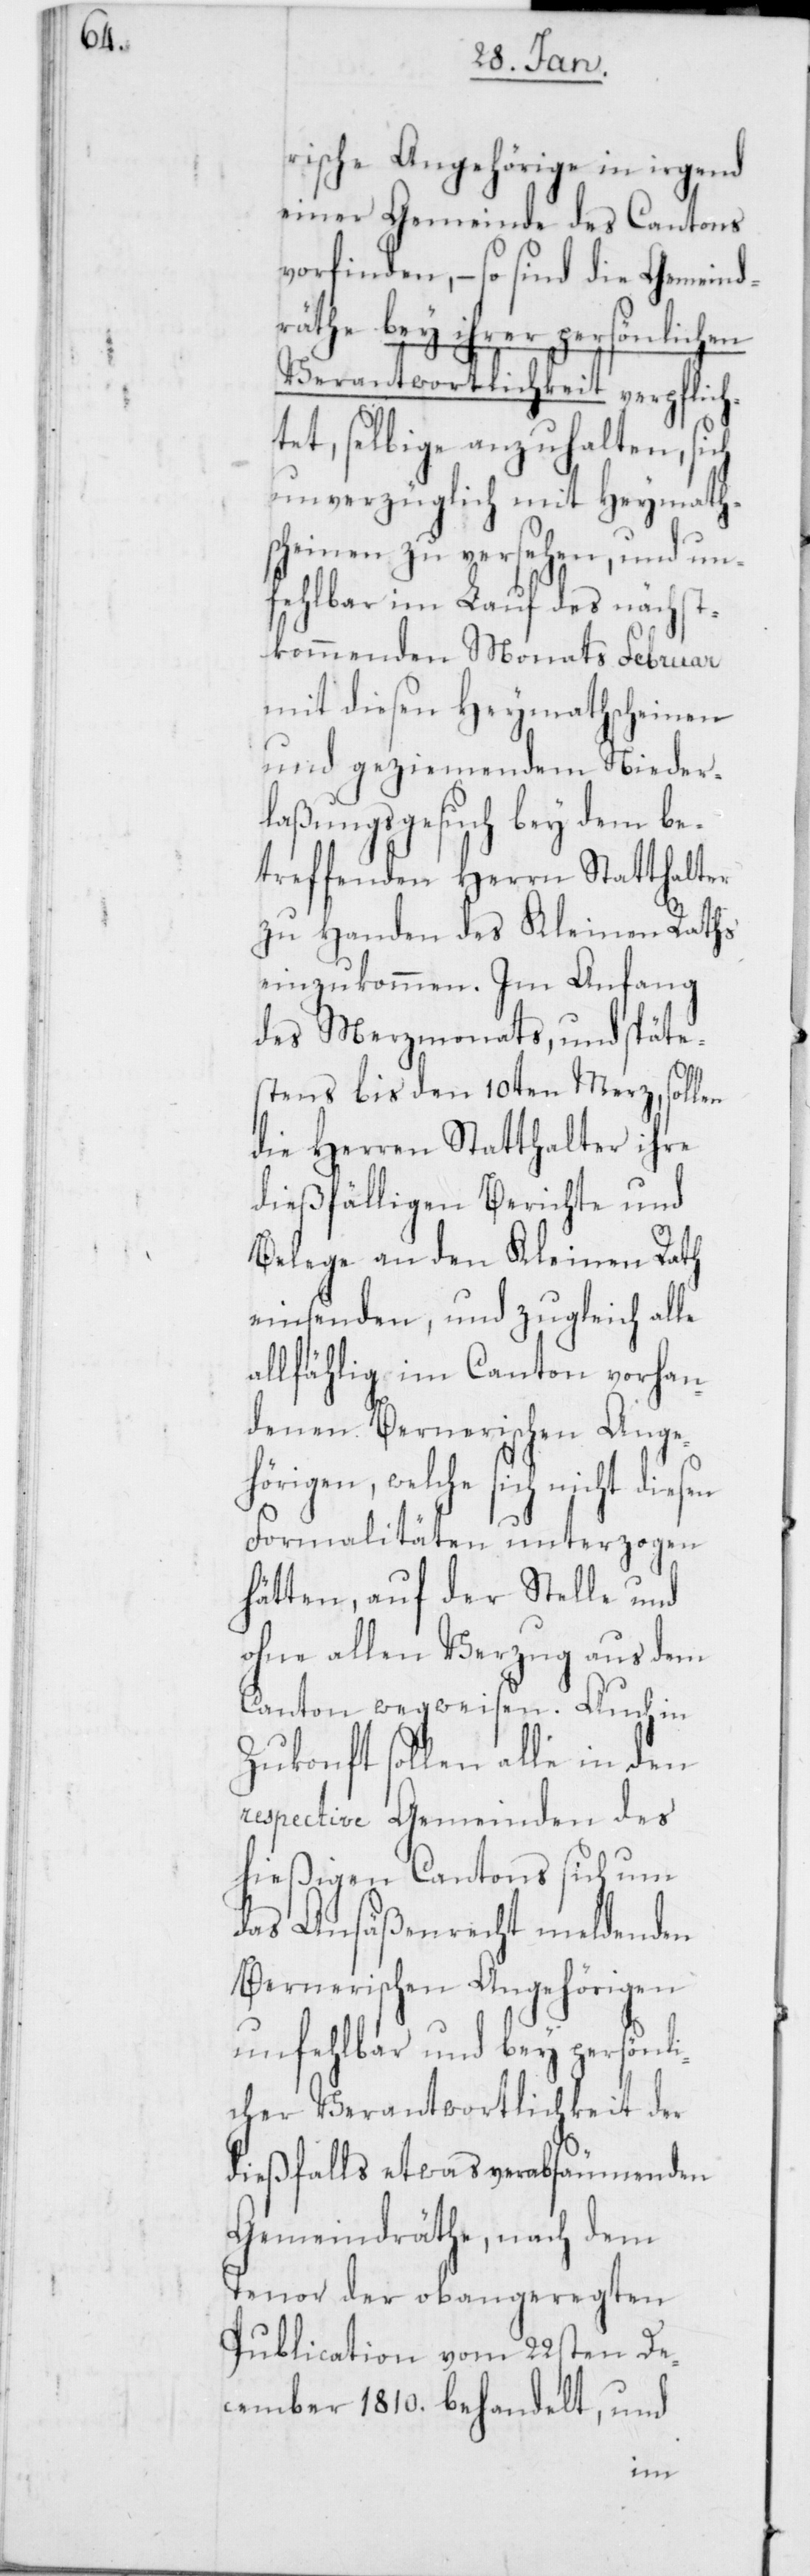
te¬

rische Angehörige in irgend
einer Gemeinde des Cantons
vorfinden, – so sind die Gemeind¬
räthe bey ihrer persönlichen
Verantwortlichkeit verpflich¬
t, selbige anzuhalten, sich
unverzüglich mit Heymath¬
scheinen zu versehen, und un¬
fehlbar im Lauf des nächst¬
kommenden Monats Februar
mit diesen Heymathscheinen
und geziemendem Nieder¬
laßungsgesuch bey dem be¬
treffenden Herrn Statthalter
zu Handen des Kleinen Raths
einzukommen. Im Anfang
des Merzmonats, und späte¬
stens bis den 10ten Merz, sollen
die Herren Statthalter ihre
dießfälligen Berichte und
Belege an den Kleinen Rath
einsenden, und zugleich alle
allfählig im Canton vorhan¬
denen Bernerischen Ange¬
hörigen, welche sich nicht diesen
Formalitäten unterzogen
hätten, auf der Stelle und
ohne allen Verzug aus dem
Canton wegweisen. Auch in
Zukonft sollen alle in den
respective Gemeinden des
hießigen Cantons sich um
das Ansäßenrecht meldenden
Bernerischen Angehörigen
unfehlbar und bey persönl¬
icher Verantwortlichkeit der
dießfalls etwas verabsäumenden
Gemeindräthe, nach dem
Tenor der obangeregten
Publication vom 22sten De¬
cember 1810. behandelt, und